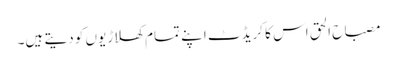
مصباح الحق اس کا کریڈٹ اپنے تمام کھلاڑیوں کو دیتے ہیں۔